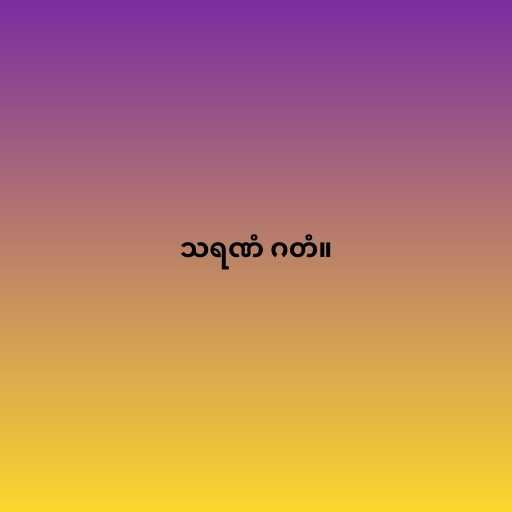
သရဏံ ဂတံ။